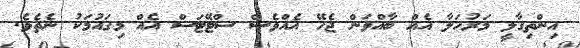
އިންތިގާލީ މަރުހަލާ އެއް ބާއްވަން ޖެހޭ އެއްވެސް ސްޓޭޓަސް އެއް މިގައުމަކު ނެތެވެ.